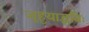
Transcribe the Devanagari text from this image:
जुहुयाद्धविः